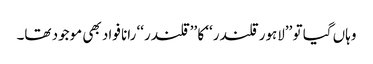
وہاں گیا تو ’’لاہور قلندر‘‘ کا ’’قلندر‘‘ رانا فواد بھی موجود تھا۔